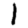
Digit: 1